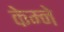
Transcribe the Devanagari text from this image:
केम्ने